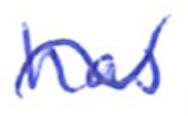
Text: has
Cross-out: mix
Writing tool: ballpoint